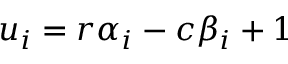
u _ { i } = r \alpha _ { i } - c \beta _ { i } + 1